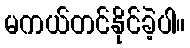
မကယ်တင်နိုင်ခဲ့ပါ။